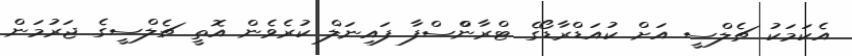
އެކަމަކު ޗެލްސީ އަށް ކުއަޑްރާޑޯގެ ޓްރާންްސްފާ ފައިނަލް ކުރެވެން އޮތީ ޗެލްސީގެ ޖަރުމަން